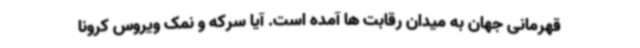
قهرمانی جهان به میدان رقابت ها آمده است. آیا سرکه و نمک ویروس کرونا